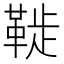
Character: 𩋀